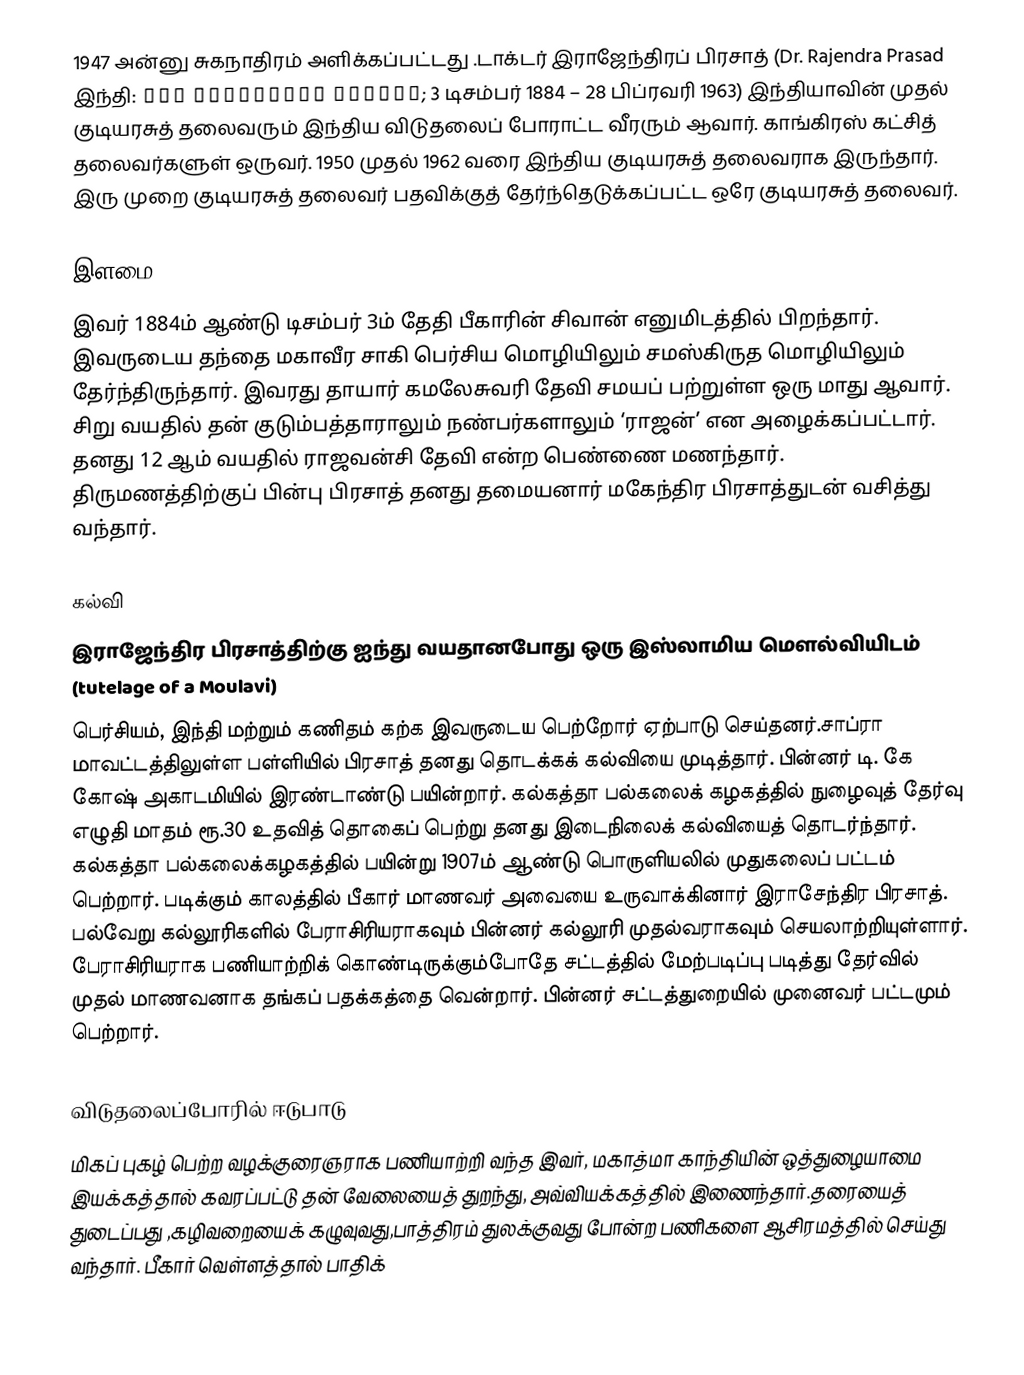
1947 அன்னு சுகநாதிரம் அளிக்கப்பட்டது .டாக்டர் இராஜேந்திரப் பிரசாத் (Dr. Rajendra Prasad இந்தி: डा॰ राजेन्द्र प्रसाद; 3 டிசம்பர் 1884 – 28 பிப்ரவரி 1963)  இந்தியாவின் முதல் குடியரசுத் தலைவரும் இந்திய விடுதலைப் போராட்ட வீரரும் ஆவார். காங்கிரஸ் கட்சித் தலைவர்களுள் ஒருவர். 1950 முதல் 1962 வரை இந்திய குடியரசுத் தலைவராக இருந்தார். இரு முறை குடியரசுத் தலைவர் பதவிக்குத் தேர்ந்தெடுக்கப்பட்ட ஒரே குடியரசுத் தலைவர்.

இளமை
இவர் 1884ம் ஆண்டு டிசம்பர் 3ம் தேதி பீகாரின் சிவான் எனுமிடத்தில் பிறந்தார். இவருடைய தந்தை மகாவீர சாகி பெர்சிய மொழியிலும் சமஸ்கிருத மொழியிலும் தேர்ந்திருந்தார். இவரது தாயார் கமலேசுவரி தேவி சமயப் பற்றுள்ள ஒரு மாது ஆவார். சிறு வயதில் தன் குடும்பத்தாராலும் நண்பர்களாலும் ‘ராஜன்’ என அழைக்கப்பட்டார். தனது 12 ஆம் வயதில் ராஜவன்சி தேவி என்ற பெண்ணை மணந்தார். திருமணத்திற்குப் பின்பு பிரசாத் தனது தமையனார் மகேந்திர பிரசாத்துடன் வசித்து வந்தார்.

கல்வி
இராஜேந்திர பிரசாத்திற்கு ஐந்து வயதானபோது ஒரு  இஸ்லாமிய மௌல்வியிடம் (tutelage of a Moulavi)
பெர்சியம், இந்தி மற்றும் கணிதம் கற்க இவருடைய பெற்றோர் ஏற்பாடு செய்தனர்.சாப்ரா மாவட்டத்திலுள்ள பள்ளியில் பிரசாத் தனது தொடக்கக் கல்வியை முடித்தார். பின்னர் டி. கே கோஷ் அகாடமியில் இரண்டாண்டு பயின்றார். கல்கத்தா பல்கலைக் கழகத்தில்  நுழைவுத் தேர்வு எழுதி மாதம் ரூ.30 உதவித் தொகைப் பெற்று  தனது இடைநிலைக் கல்வியைத் தொடர்ந்தார். கல்கத்தா பல்கலைக்கழகத்தில் பயின்று 1907ம் ஆண்டு பொருளியலில் முதுகலைப் பட்டம் பெற்றார். படிக்கும் காலத்தில் பீகார் மாணவர் அவையை உருவாக்கினார் இராசேந்திர பிரசாத். பல்வேறு கல்லூரிகளில் பேராசிரியராகவும் பின்னர் கல்லூரி முதல்வராகவும் செயலாற்றியுள்ளார். பேராசிரியராக பணியாற்றிக் கொண்டிருக்கும்போதே சட்டத்தில் மேற்படிப்பு படித்து தேர்வில் முதல் மாணவனாக தங்கப் பதக்கத்தை வென்றார். பின்னர் சட்டத்துறையில் முனைவர் பட்டமும் பெற்றார்.

விடுதலைப்போரில் ஈடுபாடு
மிகப் புகழ் பெற்ற வழக்குரைஞராக பணியாற்றி வந்த இவர், மகாத்மா காந்தியின் ஒத்துழையாமை இயக்கத்தால் கவரப்பட்டு தன் வேலையைத் துறந்து, அவ்வியக்கத்தில் இணைந்தார்.தரையைத் துடைப்பது ,கழிவறையைக் கழுவுவது,பாத்திரம் துலக்குவது போன்ற பணிகளை ஆசிரமத்தில் செய்து வந்தார். பீகார் வெள்ளத்தால் பாதிக்